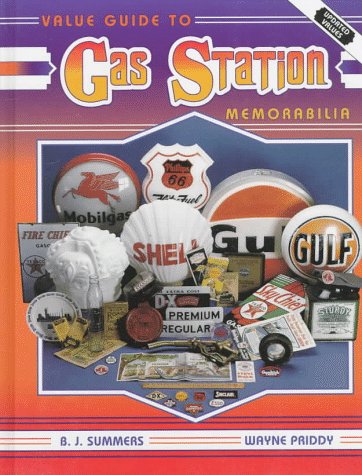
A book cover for Value Guide to Gas Station Memorabilia; B. J. Summers; Crafts, Hobbies & Home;